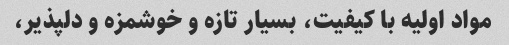
مواد اولیه با کیفیت، بسیار تازه و خوشمزه و دلپذیر،